Report on malaria in the Punjab during the year ...  together with an account of the work of the Punjab Malaria Bureau - Volume 4
Disease focus: Malaria
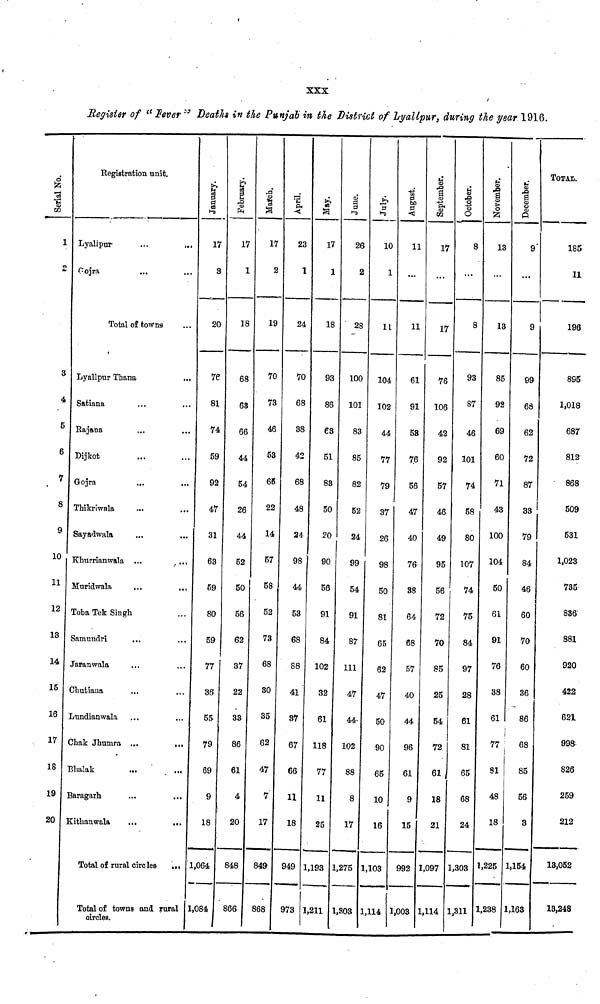
XXX
Register of " Fever " Deaths in the Punjab in the District of Lvallnur. durina the year 1916.
Serial No.
1
o
3
4
5
6
7
8
9
10
11
12
13
14
15
16 ]
17 (
18
19
20
Registration unit.
Lyalipur
...
Gojra
Total of towns
Lyallpur Thana
Satiana
Rajana
Dijkot
Gojra
Thikriwala
Sayadwala
Khurrianwala ...
Muridwala
Toba Tek Singh
Samundri
...
Jaranwala
Chutiana
Jundianwala ...
Chak Jhumra ...
...
3halak
Baragarh
...
...
Kithanwala
...
...
Total of rural circles ...
Total of towns and rural
circles.
January.
17
3
20
76
81
74
59
92
47
31
63
59
80
59
77
36
55
79
69
9
18
64
1,084
February.
17
1
18
68
63
66
44
54
26
44
52
50
56
62
37
22
33
86
61
4
20
848
366
March.
17
2
19
70
73
46
53
65
22
14
57
58
52
73
68
30
35
62
47
7
17
849
868
April.
23
1
24
70
68
38
42
68
48
24
98
44
53
68
88
41
37
67
66
11
18
949
973
May.
17
1
18
93
86
63
51
83
50
20
90
56
91
84
102
32
61
118
77
11
25
1,193
1,211
June.
26
2
28
100
101
83
85
82
52
24
99
54
91
87
111
47
44
102
88
8
17
1,275
1,303
July.
10
1
11
104
102
44
77
79
37
26
98
50
81
65
62
47
50
90
65
10
16
1,103
1,114
August.
11
...
11
6
91
53
76
56
47
40
76
38
64
68
57
40
44
96
61
9
15
992
1,003
September.
17
...
17
76
106
42
92
57
46
49
95
56
72
70
85
25
54
72
61
18
21
1,097
1,114
October.
8
8
93
87
46
101
74
58
80
107
74
75
84
97
28
61
81
65
68
24
1,303
1,311
November.
13
...
13
85
92
69
60
71
43
100
104
50
61
91
76
38
61
77
81
48
18
1,225
1,238
December.
9
...
9
99
68
62
72
87
33
79
84
46
60
70
60
36
86
68
85
56
3
1,154
1,163
TOTAL
185
11
196
895
1,018
687
812
868
509
531
1,023
735
836
881
920
422
621
998
826
259
212
13,052
13,243